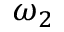
\omega _ { 2 }